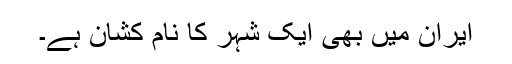
ایران میں بھی ایک شہر کا نام کشان ہے۔